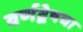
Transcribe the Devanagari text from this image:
वर्णद्वेषचा